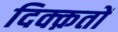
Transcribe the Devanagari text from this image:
दिक्क़तों